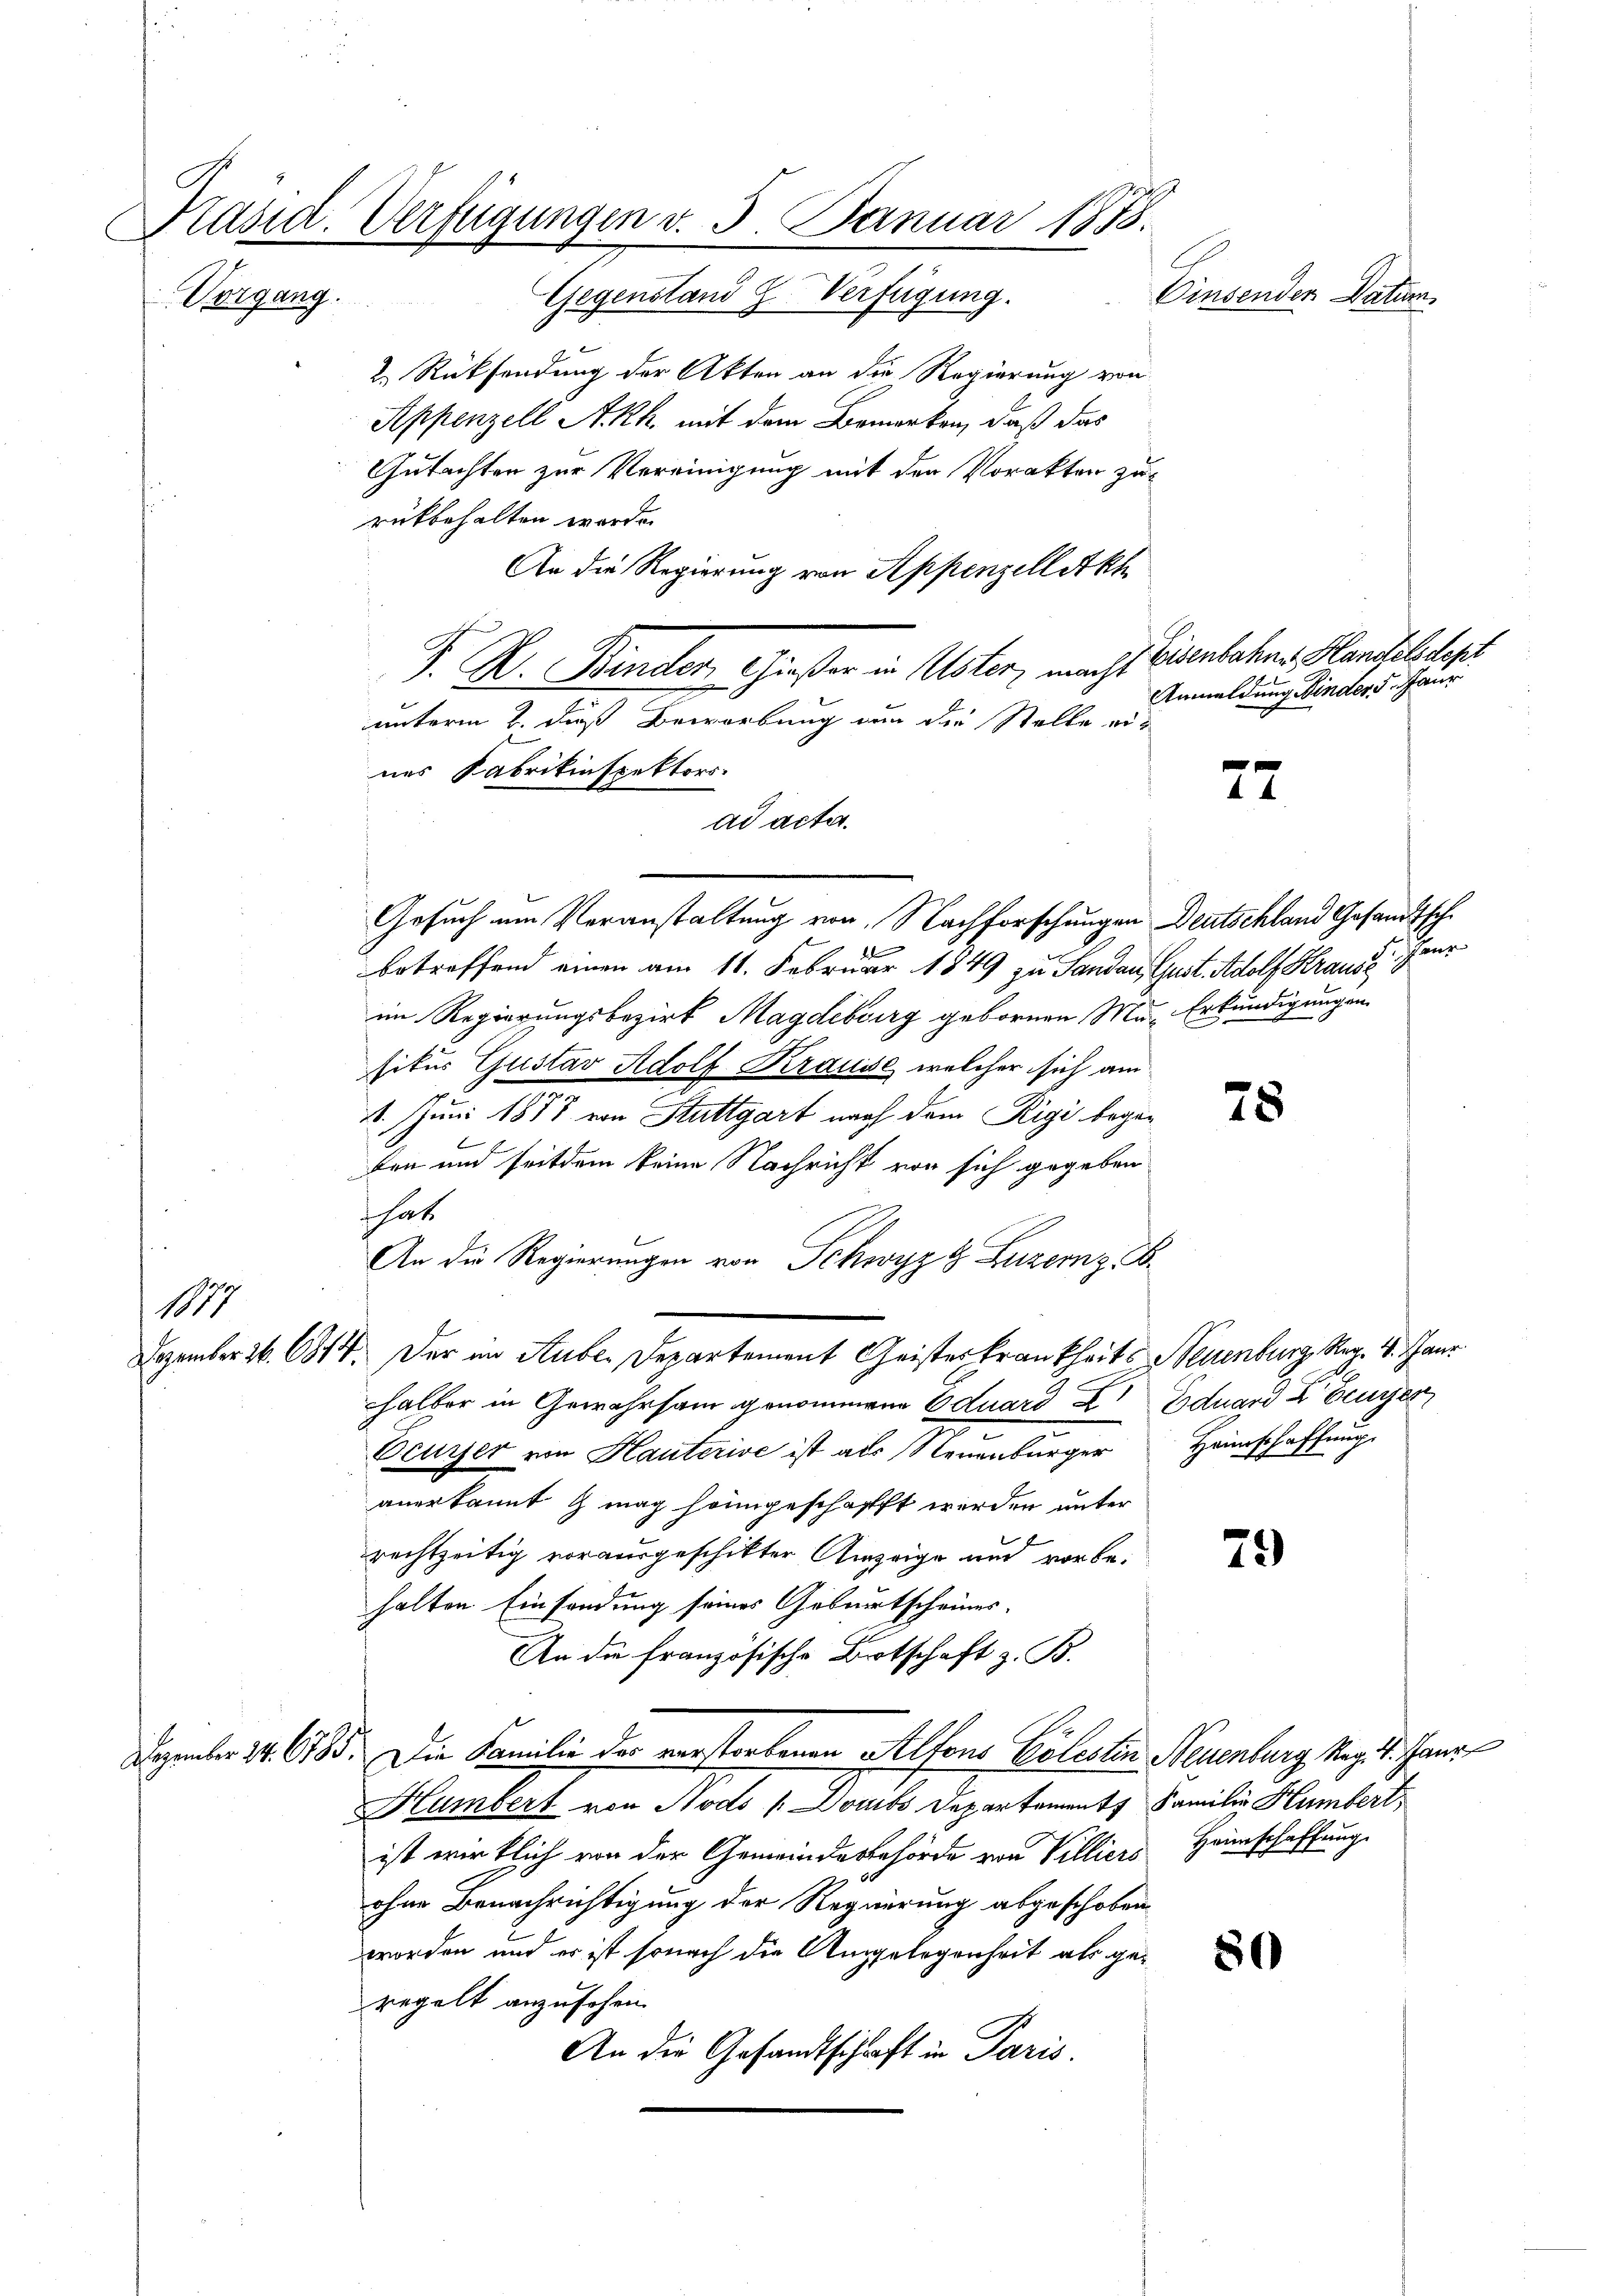
Präsid. Verfügungen v. 5. Januar 1858.
Oinsender Datum
Gegenstand Verfügung.
Vorgang.

2.) Rücksendung der Akten an die Regierung von
Appenzell Akh, mit dem Bemerken, daß das
Gutachten zur Vereinigung mit den Vorakten zur
rükbehalten werde.
An die Regierung von Appenzellatkh
P. R. Binder, Großer in Uster, macht Eisenbachen Handeltest
unterm 2. daß Bewerbung nun die Stelle eiad acta.
Gesuch um Veranstaltung von Nachforschungen Deutschland Gesandtsche
betreffend einen am 11. Februar 1849 zu Sandau, Gust. Adolf Kraus Furim Regierungsbezirk Magdeburg gebornen Mur Erkundigungen
situs Gustav Adolf Krause, welcher sich am
11. Juni 1877 von Stuttgart nach dem Rigi began
ten und seitdem keine Nachricht von sich gegeben
hat
An die Regierungen von Schwyz g Luzern z. B.
17
Dezember 26. 681. Der im Stube. Departement Geisterkrankheits Neuenburg Reg. 4. Tanz
halber in Gewahrsam genommene Eduard Z Eduard Zeuger
Feurer von Hauterise ist als Neuenburger Heimschaffung
anerkannt & mag heimgeschafft werden unter
rechtzeitig vorausgeschikter Anzeige und vorbe¬
73
halten Einsendung seines Geburtscheines
An die französische Botschaft z. B.
Dezember 2. 6185. Die Familie der verstorbenen Alfons Cölestin Neuenburg Mag. 1. Janr
Humbert von Nods / Doubs Departement Familie Humbert
ist wirklich von der Gemeindesbehörde von Villiers Heimschaffung
ohne Benachrichtigung der Regierung abgeschoben
worden und er ist sonach die Angelegenheit als geregelt anzusehen.
An die Gesandtschaft in Paris.

nes Fabrikinspektors

Anmeldung inder 5. Maur

77